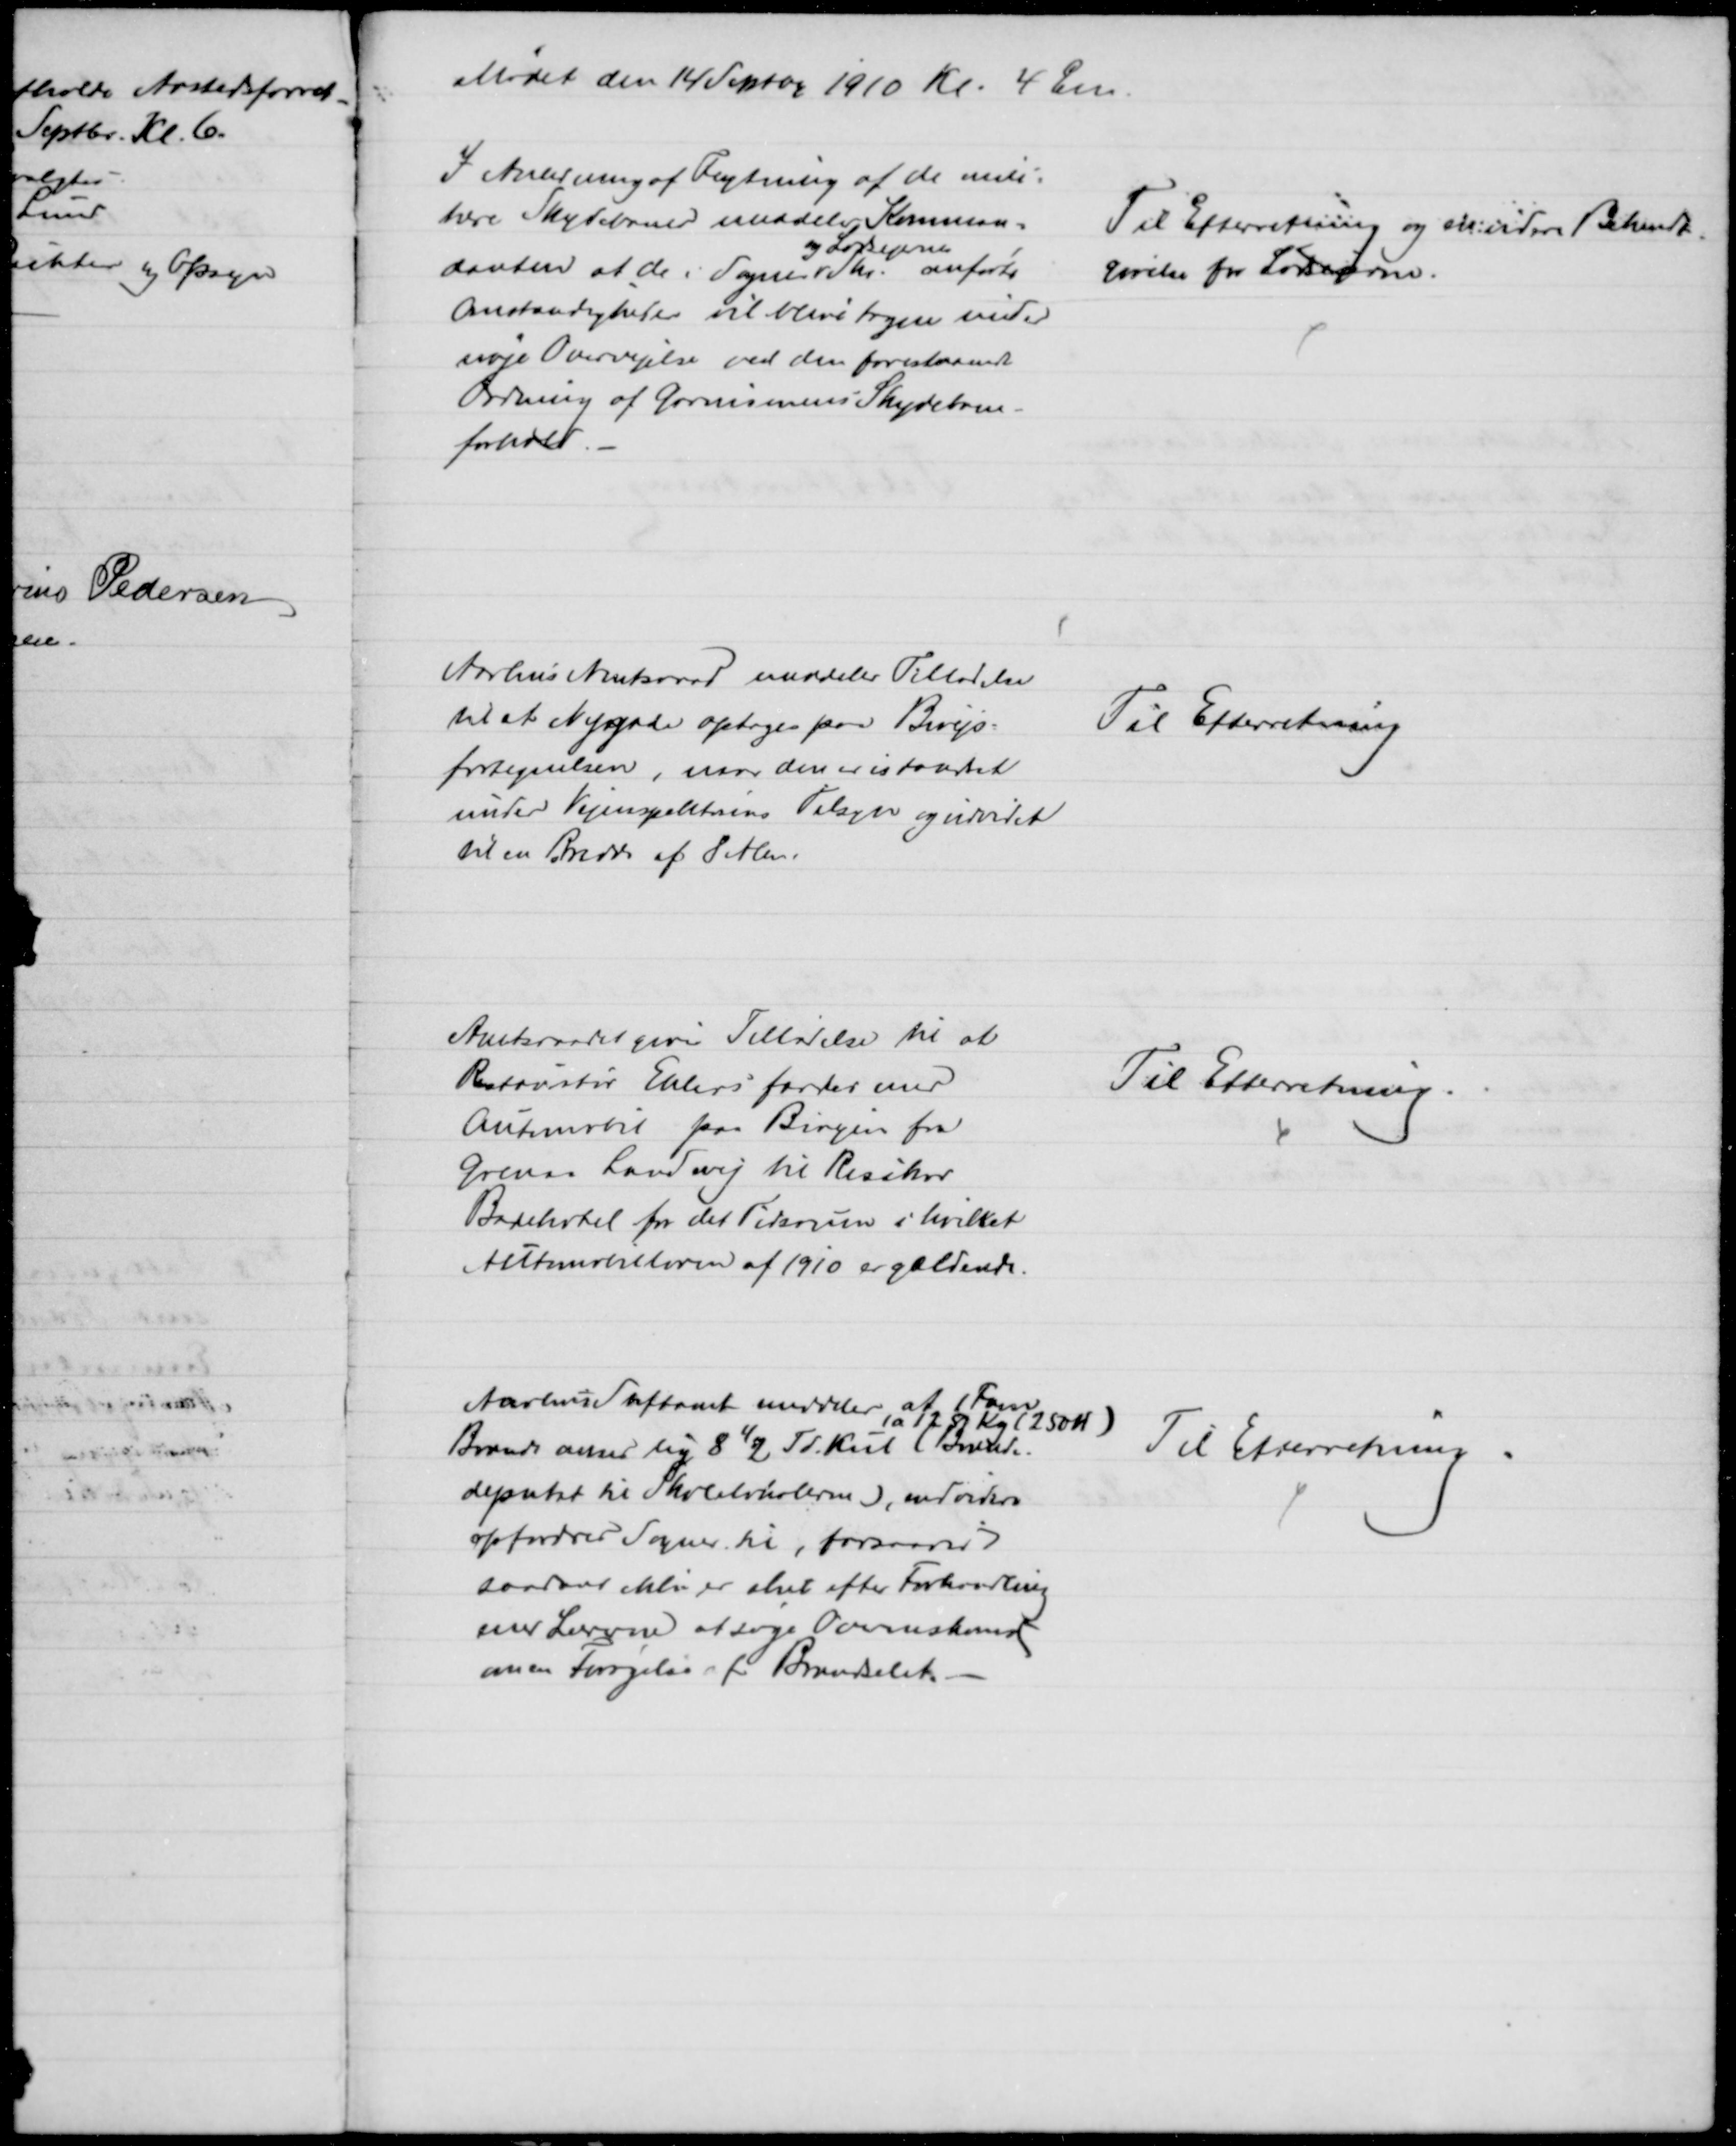
Transskription:
Mødet den 14 Septbr 1910 Kl. 4 Em
I Anledning af Flytning af de mili=
tære Skydebaner meddeler Komman=
danten at de i Sogns 
og Lodsejeres
Skr. anførte
Omstændigheder vil blive tagen under
nøje Overvejelse ved den forestaaende
Ordning af Garnisonens Skydebane-
forhold.
Til Efterretning og videre Bekendt
=
gørelse for Lodsejerne.
Aarhus Amtsraad meddeler Tilladelse
til at Nygade optages paa Bivejs-
fortegnelsen, naar den er istandsat
under Vejinspektørens Tilsyn og udvidet
til en Bredde af 8 Alen.
Til Efterretning
Amtsraadet giver Tilladelse til at
Restauratør Ehlers færdes med
Automobil paa Bivejen fra
Grenaa Landevej til Risskov
Badehotel for det Tidsrum i hvilket
Automobilloven af 1910 er gældende.
Til Efterretning.
Aarhus Stiftamt meddeler at 1 Favn
(a 125 Kg (250 ℔)
Brænde anses lig 8½ Td. Kul (Brænde-
depotet til Skolelokalerne), endvidere
opfordres Sogner til, forsaavidt
saadant ikke er sket efter Forhandling
med Lærerne at søge Overenskomst
om en Forøgelse af Brændselet.
Til Efterretning